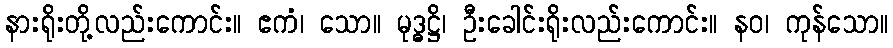
နားရိုးတို့လည်းကောင်း။ ဧကံ၊ သော။ မုဒ္ဓဋ္ဌိ၊ ဦးခေါင်းရိုးလည်းကောင်း။ နဝ၊ ကုန်သော။